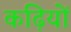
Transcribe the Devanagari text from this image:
कढ़ियों